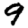
Digit: 9